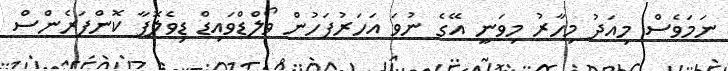
ނަމަވެސް މިއަދު މިހާރު މިވަނީ އޭގެ ނުވަ އަހަރުފަހުން ވޯލްޑްވައިޑް ޑިވެލޮޕާ ކޮންފަރެންސް